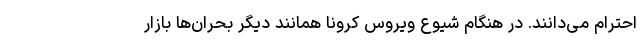
احترام می‌دانند. در هنگام شیوع ویروس کرونا همانند دیگر بحران‌ها بازار